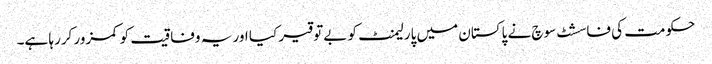
حکومت کی فاسشٹ سوچ نے پاکستان میں پارلیمنٹ کو بےتوقیر کیا اور یہ وفاقیت کو کمزور کررہا ہے۔